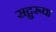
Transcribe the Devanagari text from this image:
सद्गुरूचा